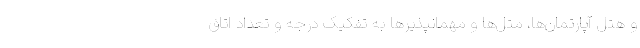
و هتل آپارتمان‌ها، متل‌ها و مهمانپذیرها به تفکیک درجه و تعداد اتاق